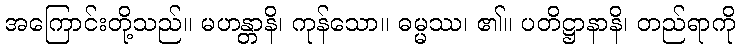
အကြောင်းတို့သည်။ မဟန္တာနိ၊ ကုန်သော။ ဓမ္မဿ၊ ၏။ ပတိဋ္ဌာနာနိ၊ တည်ရာကို